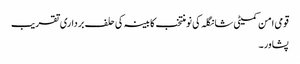
قومی امن کمیٹی شانگلہ کی نومنتخب کابینہ کی حلف برداری تقریب
پشاور۔